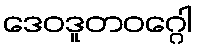
ဒေဝဒူတဝဂ္ဂေါ